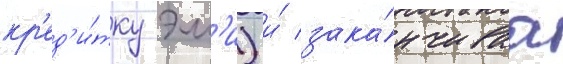
кр'ед'и́тку эм'и) и́ зака́нчиваа